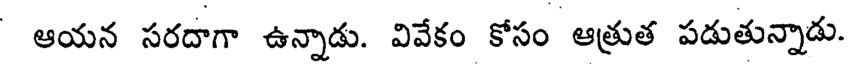
ఆయన సరదాగా ఉన్నాడు. వివేకం కోసం ఆత్రుత పడుతున్నాడు.